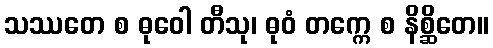
သဿတေ စ ဓုဝေါ တီသု၊ ဓုဝံ တက္ကေ စ နိစ္ဆိတေ။